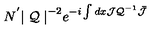
N ^ { ' } { \mid { \cal Q } \mid } ^ { - 2 } e ^ { - i \int d x { \cal J } { { \cal Q } } ^ { - 1 } \bar { { \cal J } } }